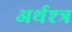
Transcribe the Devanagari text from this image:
अर्थश्त्र